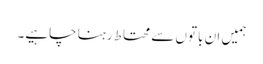
ہمیں ان باتوں سے محتاط رہنا چاہیے۔